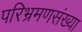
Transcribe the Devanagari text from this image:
परिभ्रमणसंख्या